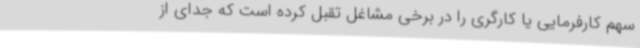
سهم کارفرمایی یا کارگری را در برخی مشاغل تقبل کرده است که جدای از